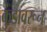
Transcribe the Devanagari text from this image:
कुंडावरून